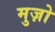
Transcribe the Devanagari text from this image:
मुज़ो